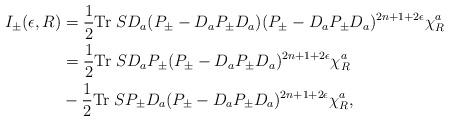
LaTeX: \begin{align*}I_\pm(\epsilon,R)&=\frac{1}{2}{\rm Tr}\; SD_a(P_\pm-D_aP_\pm D_a)(P_\pm-D_aP_\pm D_a)^{2n+1+2\epsilon}\chi_R^a\\ &=\frac{1}{2}{\rm Tr}\; SD_aP_\pm(P_\pm-D_aP_\pm D_a)^{2n+1+2\epsilon}\chi_R^a\\ &-\frac{1}{2}{\rm Tr}\; SP_\pm D_a(P_\pm-D_aP_\pm D_a)^{2n+1+2\epsilon}\chi_R^a,\end{align*}